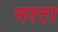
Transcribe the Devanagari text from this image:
नरटा